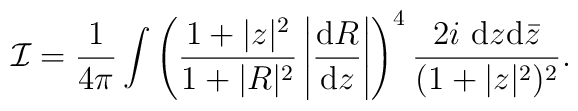
{\cal I}  = \frac{1}{4 \pi} \int \left(\frac{1 + |z|^2}{1 + |R|^2} \left|\frac{{\rm d} R}{{\rm d} z} \right|\right)^4\frac{2i~{\rm d} z {\rm d}{\bar z}}{(1 + |z|^2)^2}.